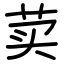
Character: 荬